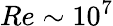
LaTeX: Re\sim 10^{7}